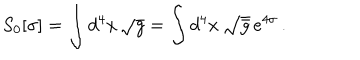
S _ { 0 } [ \sigma ] = \int d ^ { 4 } x \, \sqrt { g } = \int d ^ { 4 } x \, \sqrt { \bar { g } } \, e ^ { 4 \sigma } \, .